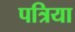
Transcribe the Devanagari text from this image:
पत्रिया